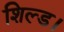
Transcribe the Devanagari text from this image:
शिल्ड।